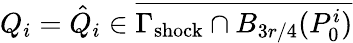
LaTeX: Q_{i}=\hat{Q}_{i}\in\overline{{\Gamma_{\mathrm{shock}}\cap B_{3r/4}(P_{0}^{i})}}